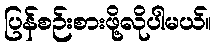
ပြန်စဉ်းစားဖို့လိုပါမယ်။